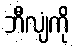
ဘီလျံကို